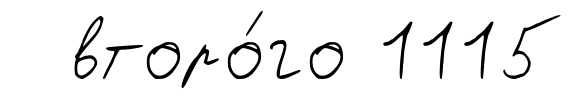
второ́го 1115